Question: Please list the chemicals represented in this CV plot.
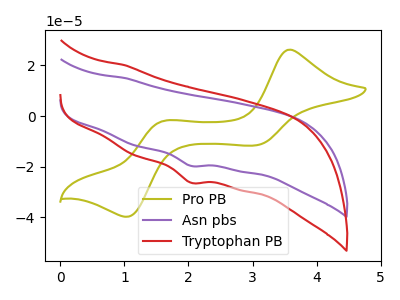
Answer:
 <answer>The olive curve is labeled "Pro PB". The purple curve is labeled "Asn pbs". The red curve is labeled "Tryptophan PB".</answer>
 <eval></eval>